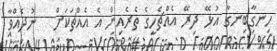
ހިނގާބިނގާ އުޅޭ ދިރޭ އެއްޗެހީގެ ތެރެއިން އެ އެއްޗަކަށް   ނުދެއްވާ